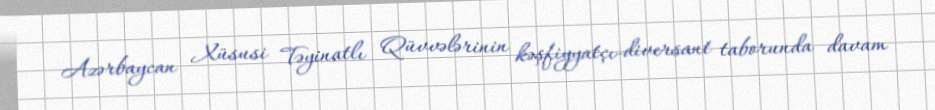
Azərbaycan Xüsusi Təyinatlı Qüvvələrinin kəşfiyyatçı-diversant taborunda davam